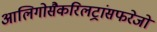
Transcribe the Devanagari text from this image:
आलिगोसैकरिलट्रांसफरेजों